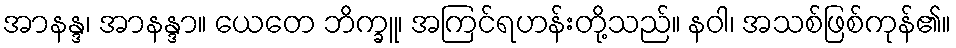
အာနန္ဒ၊ အာနန္ဒာ။ ယေတေ ဘိက္ခူ၊ အကြင်ရဟန်းတို့သည်။ နဝါ၊ အသစ်ဖြစ်ကုန်၏။